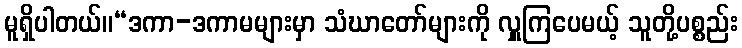
မူရှိပါတယ်။“ဒကာ-ဒကာမများမှာ သံဃာတော်များကို လှူကြပေမယ့် သူတို့ပစ္စည်း